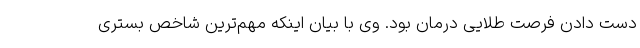
دست دادن فرصت طلایی درمان بود. وی با بیان اینکه مهم‌ترین شاخص بستری